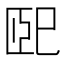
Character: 巸